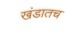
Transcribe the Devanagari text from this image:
खंडातच